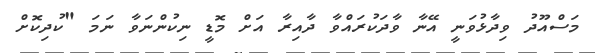
މަސްއޫދު ވިދާޅުވަނީ އޭނާ ވާދަކުރައްވާ ދާއިރާ އަށް މޮޑީ ނިކުންނަވާ ނަމަ "ކުދިކޮށް